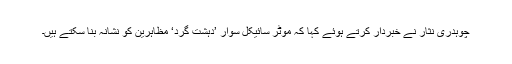
چوہدری نثار نے خبردار کرتے ہوئے کہا کہ موٹر سائیکل سوار ’دہشت گرد‘ مظاہرین کو نشانہ بنا سکتے ہیں۔